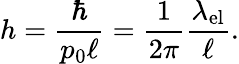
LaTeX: h=\frac{\hbar}{p_{0}\ell}=\frac{1}{2\pi}\frac{\lambda_{\mathrm{el}}}{\ell}.